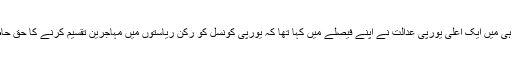
تاہم حال ہی میں ایک اعلیٰ یورپی عدالت نے اپنے فیصلے میں کہا تھا کہ یورپی کونسل کو رکن ریاستوں میں مہاجرین تقسیم کرنے کا حق حاصل ہے۔